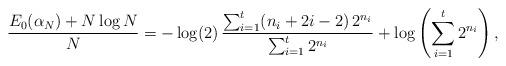
LaTeX: \begin{align*}\frac{E_{0}(\alpha_{N})+N\log N}{N}=-\log (2)\,\frac{\sum_{i=1}^{t}(n_{i}+2i-2)\,2^{n_{i}}}{\sum_{i=1}^{t}2^{n_{i}}}+\log\left(\sum_{i=1}^{t}2^{n_{i}}\right),\end{align*}